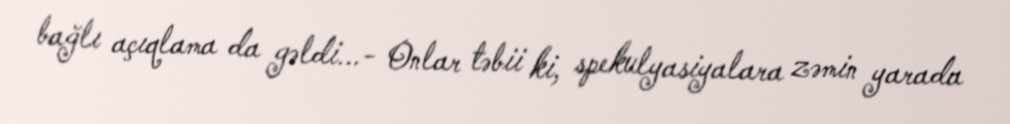
bağlı açıqlama da gəldi...- Onlar təbii ki, spekulyasiyalara zəmin yarada